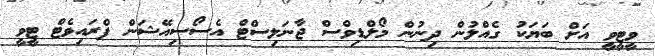
ވީޓީވީ އަށް ބަޔަކު ގެއްލުން ދިނުން މޯލްޑިވްސް ޖާނަލިސްޓް އެސޯސިއޭޝަން ޕްރައިވެޓް ޓީވީ